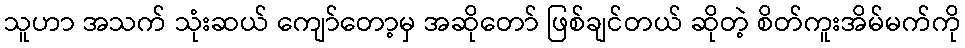
သူဟာ အသက် သုံးဆယ် ကျော်တော့မှ အဆိုတော် ဖြစ်ချင်တယ် ဆိုတဲ့ စိတ်ကူးအိမ်မက်ကို